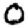
Digit: 0